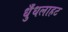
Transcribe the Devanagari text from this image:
धुँधलाहट